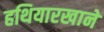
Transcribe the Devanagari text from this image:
हथियारखाने